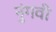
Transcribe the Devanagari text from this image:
नुंगवी